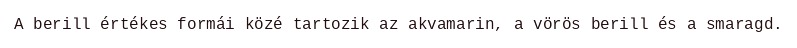
A berill értékes formái közé tartozik az akvamarin, a vörös berill és a smaragd.